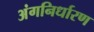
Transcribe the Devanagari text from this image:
अंगनिर्धारण